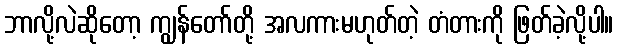
ဘာလို့လဲဆိုတော့ ကျွန်တော်တို့ အလကားမဟုတ်တဲ့ တံတားကို ဖြတ်ခဲ့လို့ပါ။